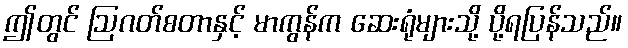
ဤတွင် ဩဂတ်စတာနှင့် မာကွန်က ဆေးရုံများသို့ ပို့ရပြန်သည်။